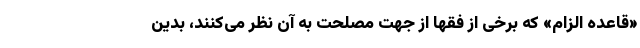
«قاعده الزام» که برخی از فقها از جهت مصلحت به آن نظر می‌کنند، بدین